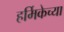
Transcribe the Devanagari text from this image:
हर्मिकेच्या